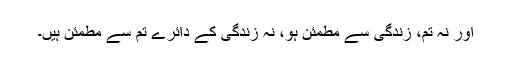
اور نہ تم، زندگی سے مطمئن ہو، نہ زندگی کے دائرے تم سے مطمئن ہیں۔